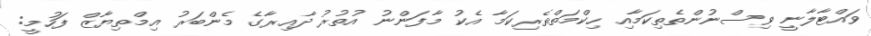
ވައްޓާލާނީ ވިސްނުންތެތިކަމާއި ހިކްމަތްތެރިކަމާ އެކު މާފަންނު އުތުރު ދާއިރާގެ މެންބަރު އިމްތިޔާޒް ފަހުމީ: